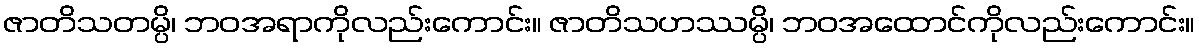
ဇာတိသတမ္ပိ၊ ဘဝအရာကိုလည်းကောင်း။ ဇာတိသဟဿမ္ပိ၊ ဘဝအထောင်ကိုလည်းကောင်း။